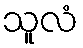
သူလံ